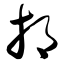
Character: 邡